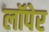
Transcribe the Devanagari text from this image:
लॉपेर